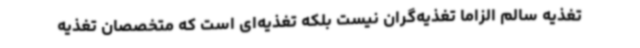
تغذیه سالم الزاما تغذیه‌گران نیست بلکه تغذیه‌ای است که متخصصان تغذیه